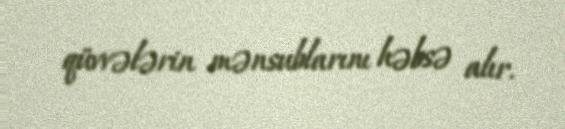
qüvvələrin mənsublarını həbsə alır.